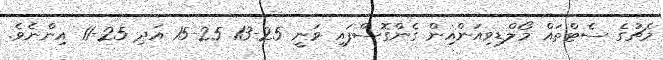
މެޗުގެ ސެޓްތައް މޯލްޑިވިއަންއިން ގެންގޮސްފައި ވަނީ 25-13 25-15 އަދި 25-11 އިންނެވެ.